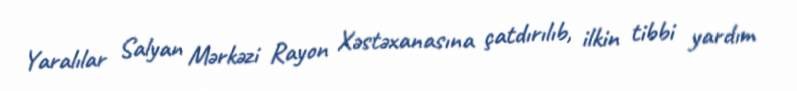
Yaralılar Salyan Mərkəzi Rayon Xəstəxanasına çatdırılıb, ilkin tibbi yardım